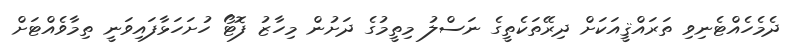
ދެމެހެއްޓެނިވި ތަރައްޤީއަކަށް ދިރޭތަކެތީގެ ނަސްލު މިތީމުގެ ދަށުން މިހާޒު ފޮޓޯ ހުށަހަޅާފައިވަނީ ތިމާވެއްޓަށް